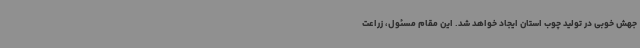
جهش خوبی در تولید چوب استان ایجاد خواهد شد. این مقام مسئول، زراعت